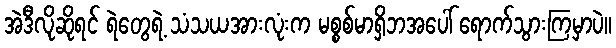
အဲဒီလိုဆိုရင် ရဲတွေရဲ့ သံသယအားလုံးက မစ္စစ်မာရှိဘအပေါ် ရောက်သွားကြမှာပဲ။